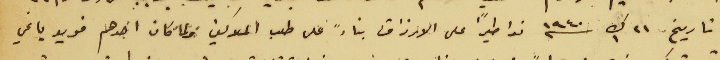
تاريخ 21 ك1 سنه 1940 نواطيرًا على الارزاق بناءً على طلب الملاكين فلما كان احدهم فريد ياغي